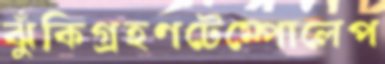
ঝুঁকিগ্রহণটেম্পোলেপ